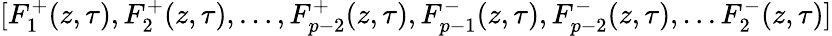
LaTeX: [F_{1}^{+}(z,\tau),F_{2}^{+}(z,\tau),\ldots,F_{p-2}^{+}(z,\tau),F_{p-1}^{-}(z,\tau),F_{p-2}^{-}(z,\tau),\ldots F_{2}^{-}(z,\tau)]